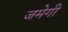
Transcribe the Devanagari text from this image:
जमेगी